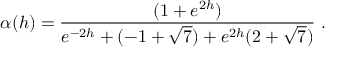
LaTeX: \alpha ( h ) = \frac { ( 1 + e ^ { 2 h } ) } { e ^ { - 2 h } + ( - 1 + \sqrt { 7 } ) + e ^ { 2 h } ( 2 + \sqrt { 7 } ) } \ .